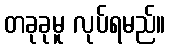
တခုခုမူ လုပ်ရမည်။